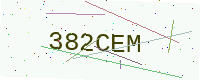
Text: 382CEM